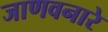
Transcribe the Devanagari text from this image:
जाणवनारे